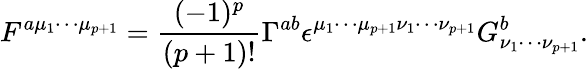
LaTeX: F^{a{\mu}_{1}{\cdots}{\mu}_{p+1}}=\frac{(-1)^{p}}{(p+1)!}{\Gamma}^{ab}{\epsilon}^{{\mu}_{1}{\cdots}{\mu}_{p+1}{\nu}_{1}{\cdots}{\nu}_{p+1}}G_{{\nu}_{1}{\cdots}{\nu}_{p+1}}^{b}.